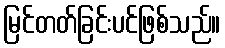
မြင်တတ်ခြင်းပင်ဖြစ်သည်။